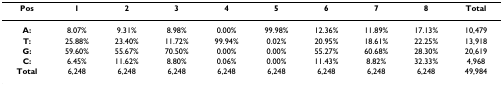
<table><thead><tr><td><b>Pos</b></td><td><b>1</b></td><td><b>2</b></td><td><b>3</b></td><td><b>4</b></td><td><b>5</b></td><td><b>6</b></td><td><b>7</b></td><td><b>8</b></td><td><b>Total</b></td></tr></thead><tbody><tr><td><b>A:</b></td><td>8.07%</td><td>9.31%</td><td>8.98%</td><td>0.00%</td><td>99.98%</td><td>12.36%</td><td>11.89%</td><td>17.13%</td><td>10,479</td></tr><tr><td><b>T:</b></td><td>25.88%</td><td>23.40%</td><td>11.72%</td><td>99.94%</td><td>0.02%</td><td>20.95%</td><td>18.61%</td><td>22.25%</td><td>13,918</td></tr><tr><td><b>G:</b></td><td>59.60%</td><td>55.67%</td><td>70.50%</td><td>0.00%</td><td>0.00%</td><td>55.27%</td><td>60.68%</td><td>28.30%</td><td>20,619</td></tr><tr><td><b>C:</b></td><td>6.45%</td><td>11.62%</td><td>8.80%</td><td>0.06%</td><td>0.00%</td><td>11.43%</td><td>8.82%</td><td>32.33%</td><td>4,968</td></tr><tr><td><b>Total</b></td><td>6,248</td><td>6,248</td><td>6,248</td><td>6,248</td><td>6,248</td><td>6,248</td><td>6,248</td><td>6,248</td><td>49,984</td></tr></tbody></table>